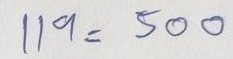
119 = 500